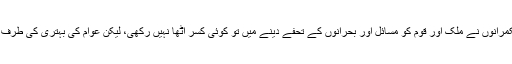
آج اقتدار کے وفاقی ایوانوں پر متمکن حکمرانوں نے ملک اور قوم کو مسائل اور بحرانوں کے تحفے دینے میں تو کوئی کسر اُٹھا نہیں رکھی، لیکن عوام کی بہتری کی طرف دھیان دینے کی اُنہیں بالکل فرصت نہیں۔